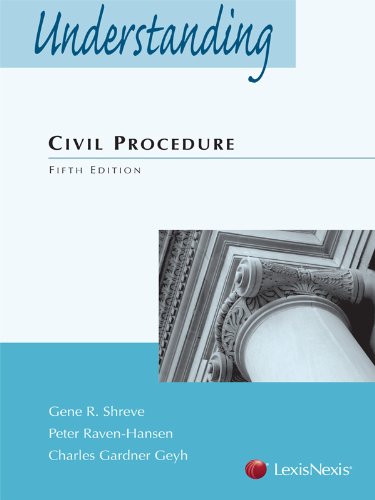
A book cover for Understanding Civil Procedure; Gene R. Shreve; Law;